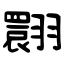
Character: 翾